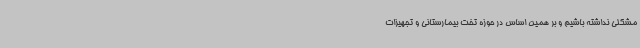
مشکلی نداشته باشیم و بر همین اساس در حوزه تخت بیمارستانی و تجهیزات